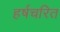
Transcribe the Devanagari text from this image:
हर्षचरित